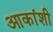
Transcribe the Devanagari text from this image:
आकांशी